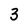
Character: 3